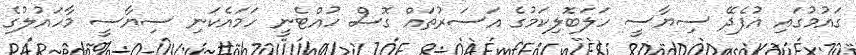
ގައުމުގައި އުފެދޭ ސިޔާސީ ހަލަބޮލިކަމުގެ އަސަރުތައް ގޮސް ހުއްޓެނީ ހަމައެކަނި ސިޔާސީ މާހައުލުގެ